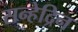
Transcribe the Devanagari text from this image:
सन्हेद्रिन